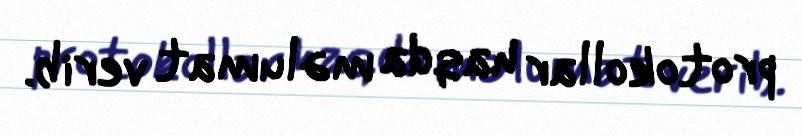
protokollar haqda məlumat verib.